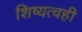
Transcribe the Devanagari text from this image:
शिष्यत्वही